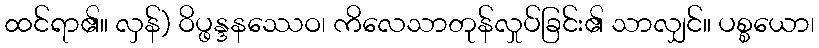
ထင်ရာ၏။ လှန်) ဝိပ္ဖန္ဒနဿေဝ၊ ကိလေသာတုန်လှုပ်ခြင်း၏ သာလျှင်။ ပစ္စယော၊